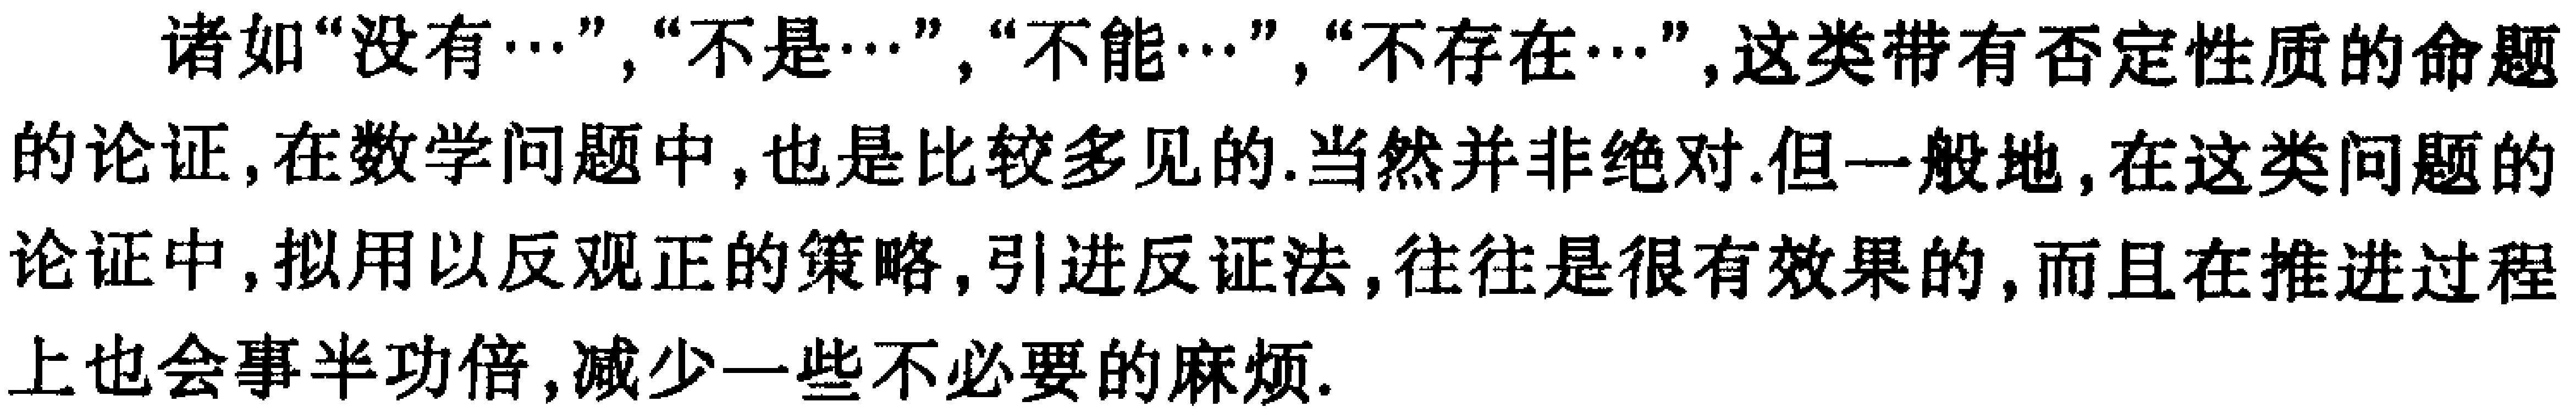
诸如“没有\(\cdots\)”，“不是\(\cdots\)”，“不能\(\cdots\)”，“不存在\(\cdots\)”，这类带有否定性质的命题的论证，在数学问题中，也是比较多见的.当然并非绝对.但一般地，在这类问题的论证中，拟用以反观正的策略，引进反证法，往往是很有效果的，而且在推进过程上也会事半功倍，减少一些不必要的麻烦.